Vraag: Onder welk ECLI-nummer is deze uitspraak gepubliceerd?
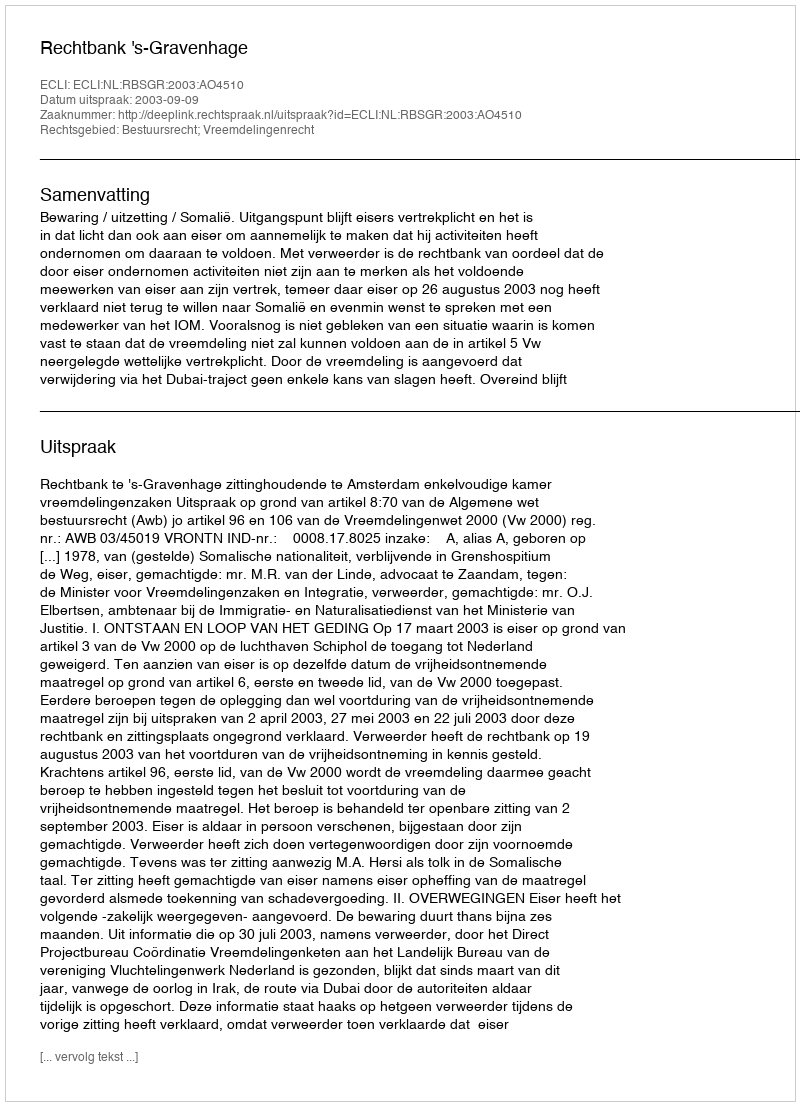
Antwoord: ECLI:NL:RBSGR:2003:AO4510